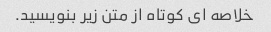
خلاصه ای کوتاه از متن زیر بنویسید.